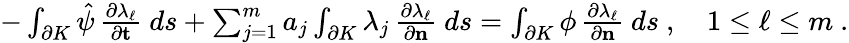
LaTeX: \begin{array}{r}{-\int_{\partial K}\hat{\psi}\, \frac{\partial\lambda_{\ell}}{\partial\mathbf{t}}~ds+\sum_{j=1}^{m}a_{j}\int_{\partial K}\lambda_{j}\, \frac{\partial\lambda_{\ell}}{\partial\mathbf{n}}~ds=\int_{\partial K}\phi\, \frac{\partial\lambda_{\ell}}{\partial\mathbf{n}}~ds~,\quad 1\leq\ell\leq m~.}\end{array}